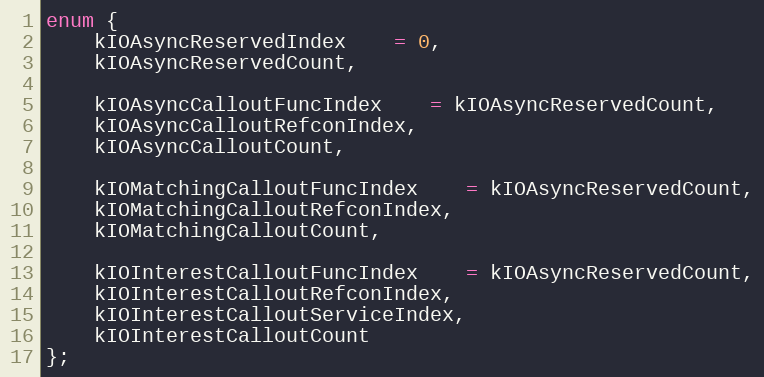
Language: C
enum {
    kIOAsyncReservedIndex 	= 0,
    kIOAsyncReservedCount,

    kIOAsyncCalloutFuncIndex 	= kIOAsyncReservedCount,
    kIOAsyncCalloutRefconIndex,
    kIOAsyncCalloutCount,

    kIOMatchingCalloutFuncIndex	= kIOAsyncReservedCount,
    kIOMatchingCalloutRefconIndex,
    kIOMatchingCalloutCount,

    kIOInterestCalloutFuncIndex	= kIOAsyncReservedCount,
    kIOInterestCalloutRefconIndex,
    kIOInterestCalloutServiceIndex,
    kIOInterestCalloutCount
};